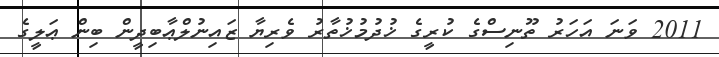
2011 ވަނަ އަހަރު ތޫނިސްގެ ކުރީގެ ޚުދުމުޚުތާރު ވެރިޔާ ޒައިނުލްޢާބިދީން ބިން ޢަލީގެ